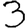
Digit: 3